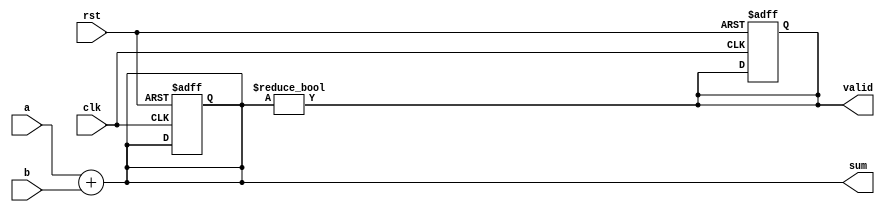
module example (
    input wire clk,          // Clock signal
    input wire rst,          // Reset signal
    input wire [3:0] a,      // 4-bit input signal 'a'
    input wire [3:0] b,      // 4-bit input signal 'b'
    output reg [4:0] sum,    // 5-bit output for the sum
    output reg valid         // Output valid flag
);

    // Combinational logic using always @*
    always @* begin
        // Compute the sum of 'a' and 'b'
        sum = a + b;
        
        // Set valid flag if the sum is non-zero
        valid = (sum != 0);
    end

    // Sequential logic using always @(posedge clk)
    always @(posedge clk or posedge rst) begin
        if (rst) begin
            // Reset the outputs
            sum <= 5'b0;
            valid <= 1'b0;
        end else begin
            // If not reset, hold the values from combinational logic
            // This example assumes 'sum' and 'valid' are updated from the always @* block
            // Since only sum is updated, valid should also be latched appropriately, but
            // it's being driven by the combinational block.
        end
    end

endmodule